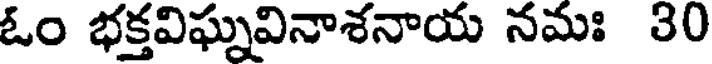
ఓం భక్తవిఘ్నవినాశనాయ నమః 30